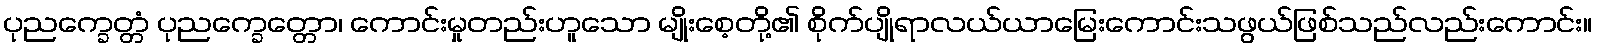
ပုညက္ခေတ္တံ ပုညက္ခေတ္တော၊ ကောင်းမှုတည်းဟူသော မျိုးစေ့တို့၏ စိုက်ပျိုရာလယ်ယာမြေးကောင်းသဖွယ်ဖြစ်သည်လည်းကောင်း။